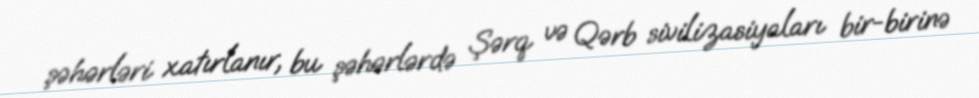
şəhərləri xatırlanır, bu şəhərlərdə Şərq və Qərb sivilizasiyaları bir-birinə